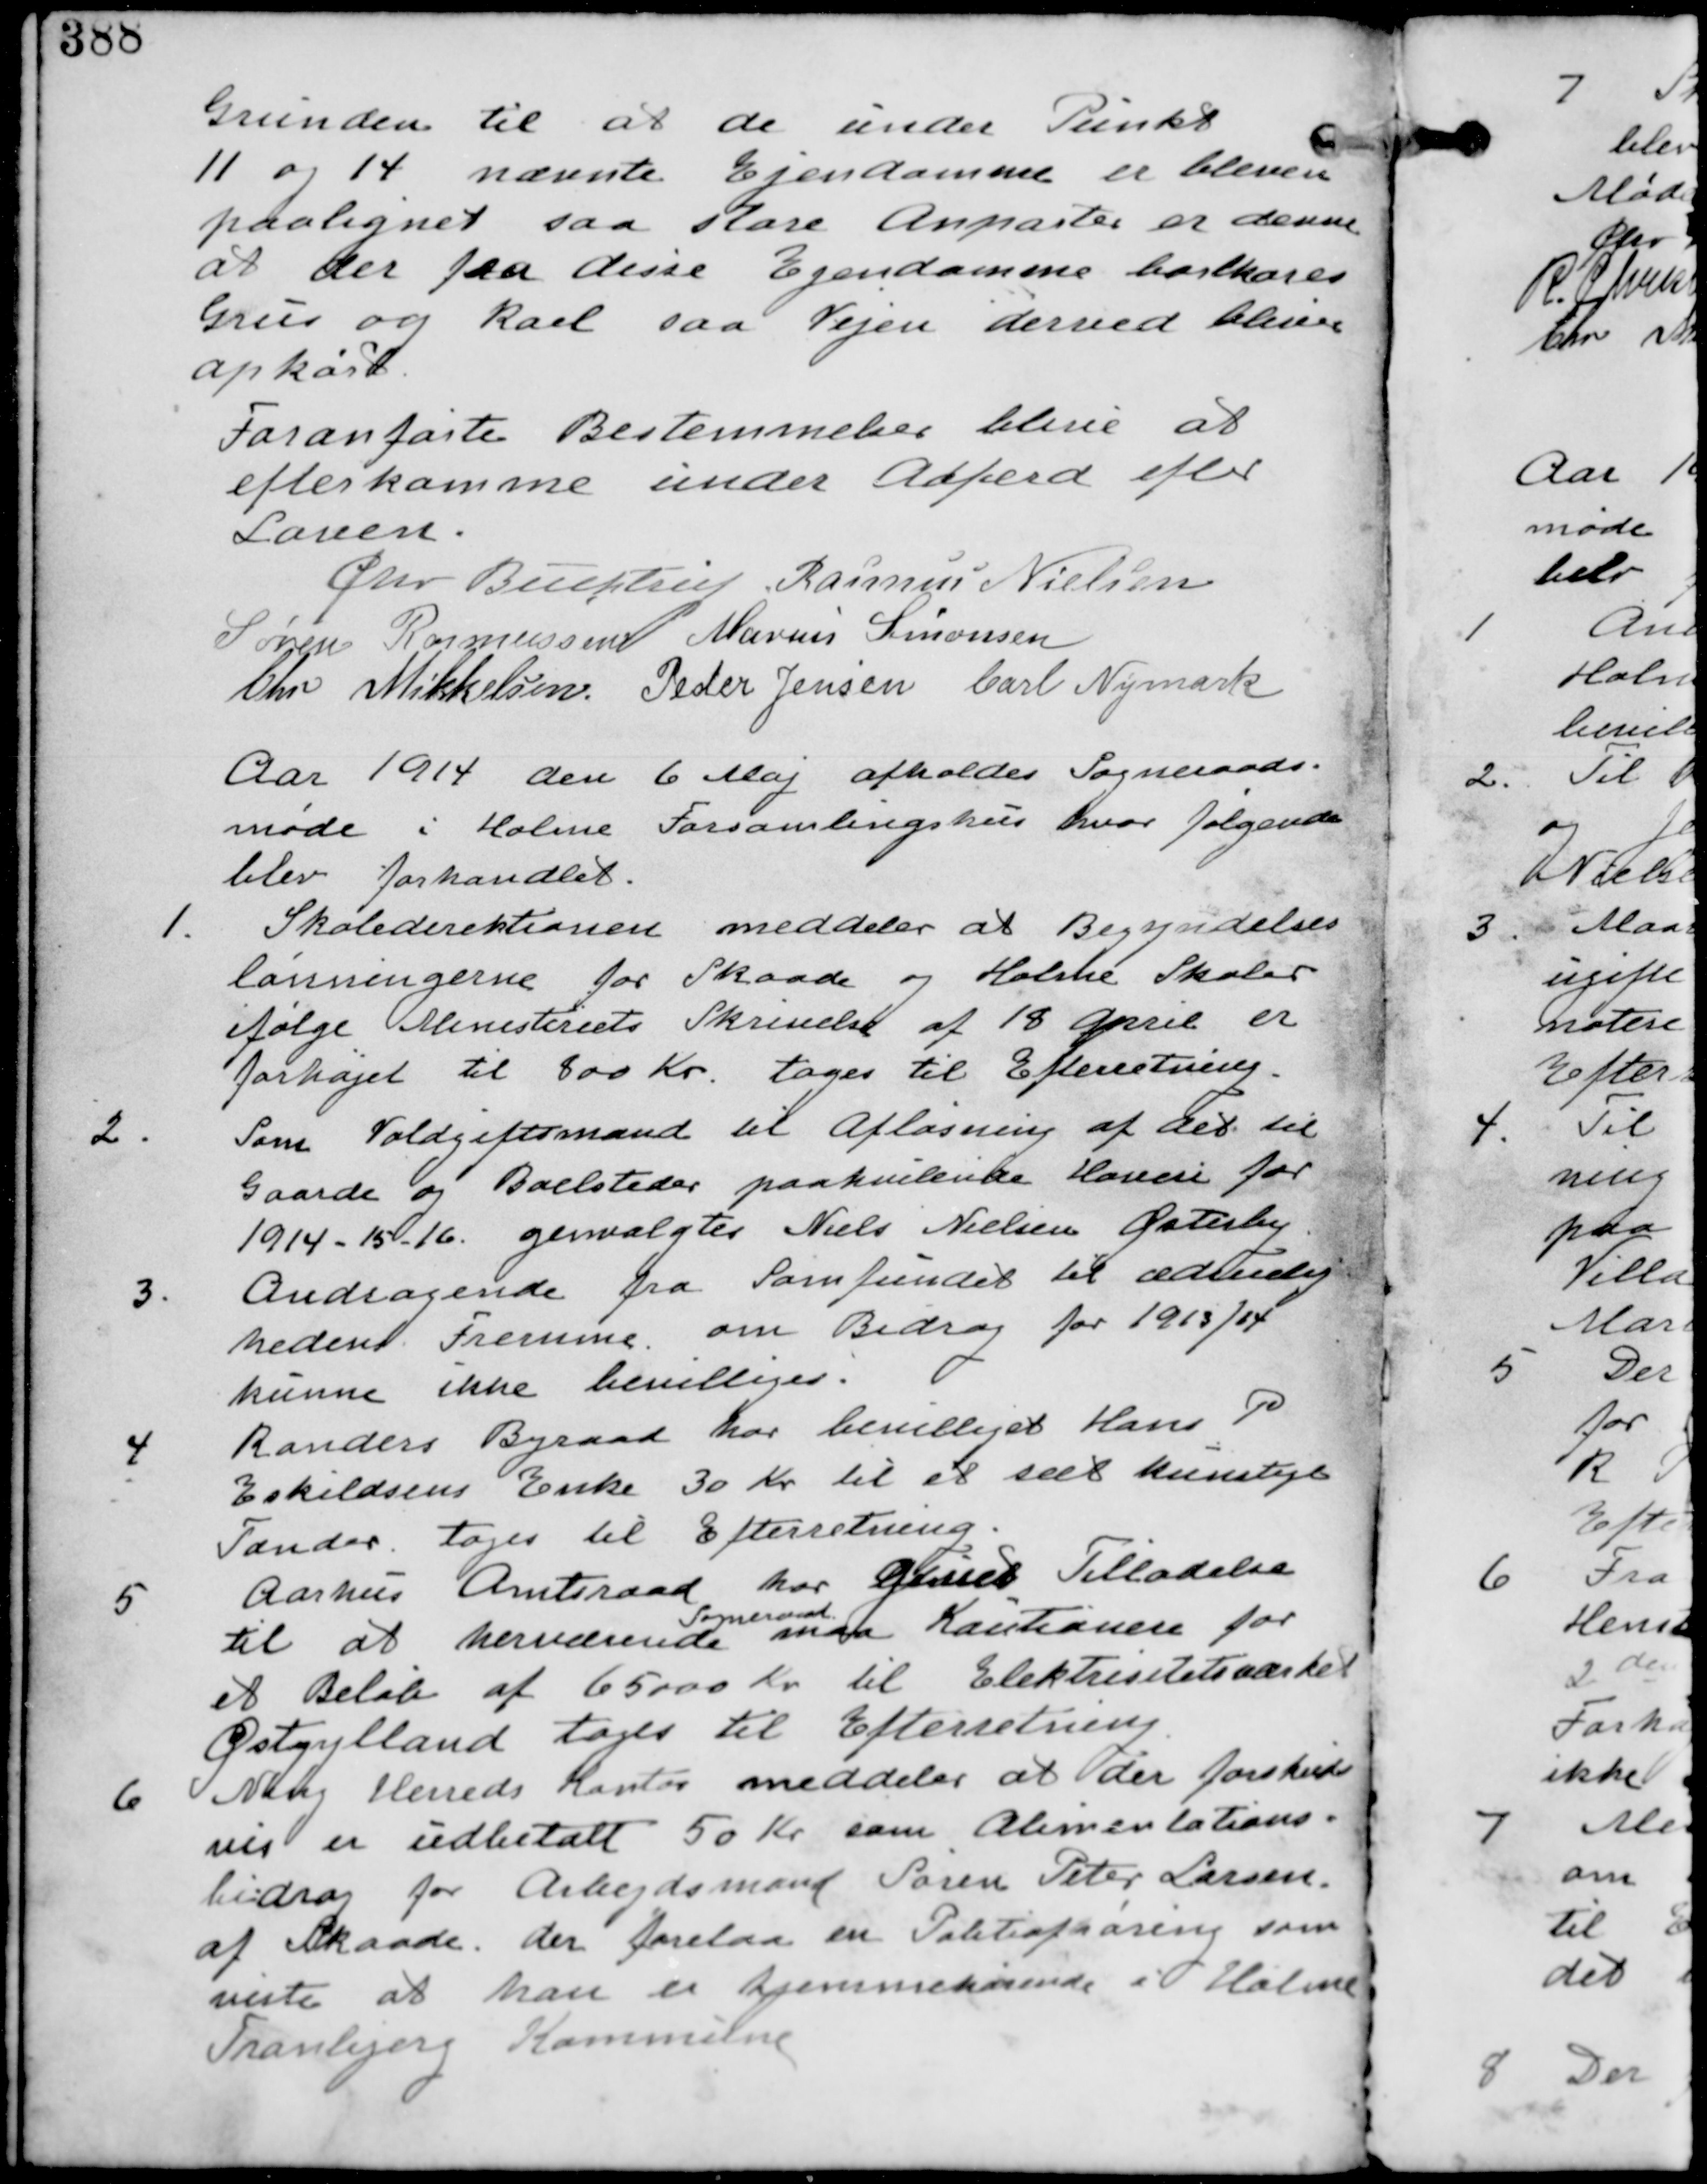
Transskription:
Grunden til at de under Punkt
11 og 14 nævnteEjendomme er bleven
paalignet saa store Anparter er denne
at der paa disse Ejendomme bortskæres
Grus og Rael saa Vejen derved bliver
opkørt

Foranførte Bestemmelser blive at
efterkomme under Adfærd efter
Loven

Chr Buchtrup. Rasmus Nielsen
Søren Rasmussen Marius Simonsen
Chr Mikkelsen Peder Jensen Carl Nymark

Aar 1914 den 6 Maj afholdes Sogneraads-
møde i Holme Forsamlingshus hvor følgende
blev forhandlet.

1. Skoledirektionen meddeler at Begyndelses
lønningerne for Skaade og Holme Skoler
ifølge Ministeriets Skrivelse af 18 April er
forhøjet til 800 Kr. tages til Efterretning.

2.
Som Voldgiftsmand til Afløsning af det til
Gaarde og Boelsteder paahvilende Hoveri for
1914-15-16. genvalgtes Niels Nielsen Østerby

3.
Andragende fra Samfundet til ædruelig
hedens Fremme om Bidrag for 1913/14
kunne ikke bevilliges.

4.
Randers Byraad har bevilliget Hans P
Eslildsens Enke 30 til et sæt kunstige
Tønder. tages til Efterretning.

5.
Aarhus Amtsraad har givet Tilladelse

Sogneraad
et Beløb af 65000 Kr til Elektricitetsværket
Østjylland tages til Efterretning

6 Ning Herreds Kontor meddeler at der forskuds
vis er udbetalt 50 Kr som Alimentations-
bidrag for Arbejdsmand Søren Peter Larsen.
af Skaade. der forelaa en Politiafhøring som
viste at han er hjemmehørende i Holme
Tranbjerg Kommune.